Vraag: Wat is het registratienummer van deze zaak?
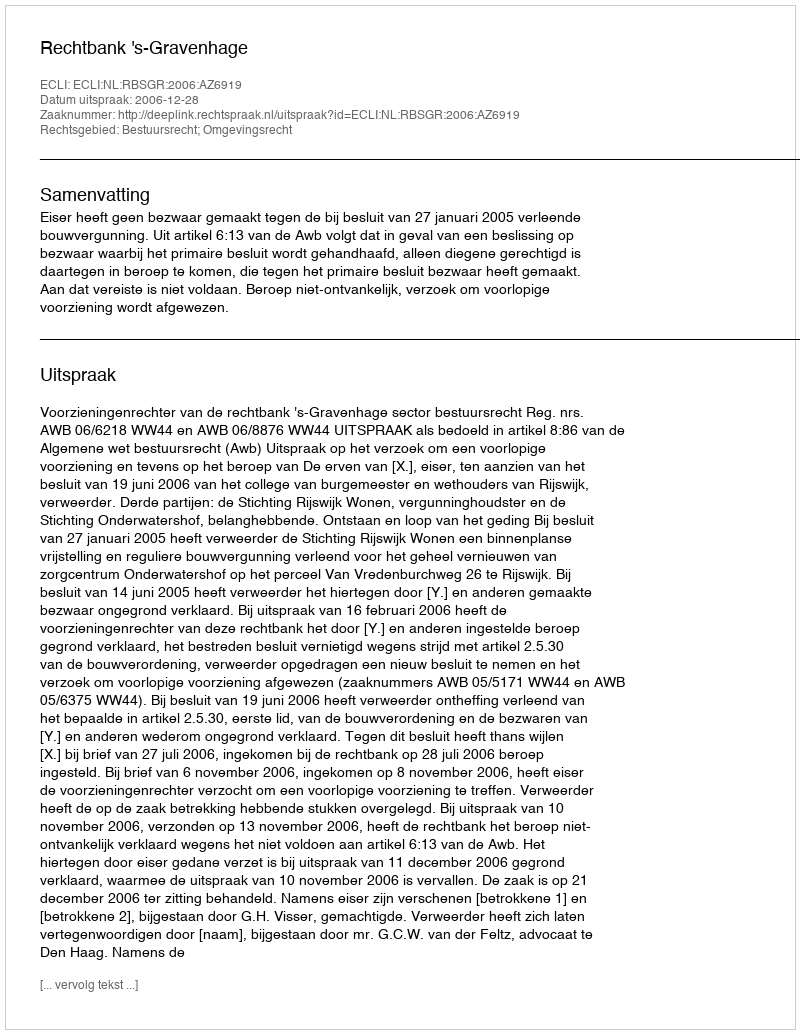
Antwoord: http://deeplink.rechtspraak.nl/uitspraak?id=ECLI:NL:RBSGR:2006:AZ6919